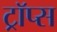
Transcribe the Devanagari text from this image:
ट्रॉप्स